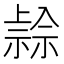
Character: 𥛓